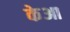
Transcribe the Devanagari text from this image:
केआ